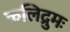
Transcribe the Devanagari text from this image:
कलिद्रुमः